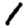
Digit: 1